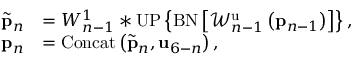
\begin{array} { r l } { \tilde { { \bf p } } _ { n } } & { = W _ { n - 1 } ^ { 1 } * \mathrm { U P } \left\{ \mathrm { B N } \left[ \mathcal { W } _ { n - 1 } ^ { \mathrm { u } } \left( { \bf p } _ { n - 1 } \right) \right] \right\} , } \\ { { \bf p } _ { n } } & { = \mathrm { C o n c a t } \left( \tilde { { \bf p } } _ { n } , { \bf u } _ { 6 - n } \right) , } \end{array}